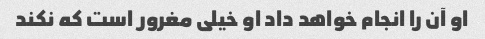
او آن را انجام خواهد داد او خیلی مغرور است که نکند